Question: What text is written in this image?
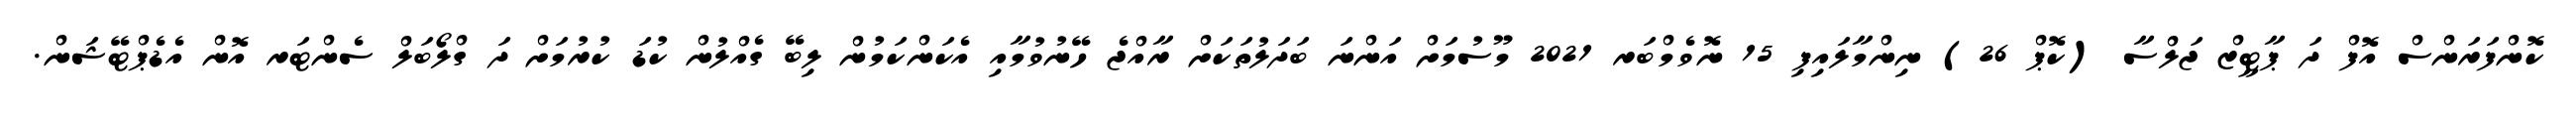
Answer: ކޮންފަރަންސް އޮފް ދަ ޕާޓީޒް ޖަލްސާ (ކޮޕް 26) ނިންމާލައިފި 15 ނޮވެމްބަރ 2021 މޫސުމަށް އަންނަ ބަދަލުތަކަށް ރާއްޖެ ހޭނުވުމާއި އެކަންކަމުން ލިބޭ ގެއްލުން ކުޑަ ކުރުމަށް ދަ ގްލޯބަލް ސެންޓަރ އޮން އެޑެޕްޓޭޝަން.